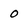
Character: o